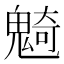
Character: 𩳣